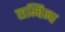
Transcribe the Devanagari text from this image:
सम्बिन्ध